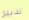
تدبير